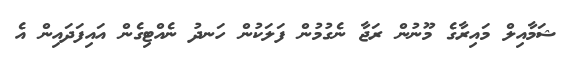
ޝަމާއިލް މައިރާގެ މޫނުން ރަޖާ ނެގުމުން ފަލަކުން ހަނދު ނެއްޓިގެން އައިފަދައިން އެ